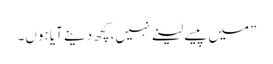
”میں پیسے لینے نہیں،کچھ دینے آیا ہوں۔